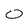
Character: O